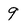
Character: 9